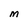
Character: M